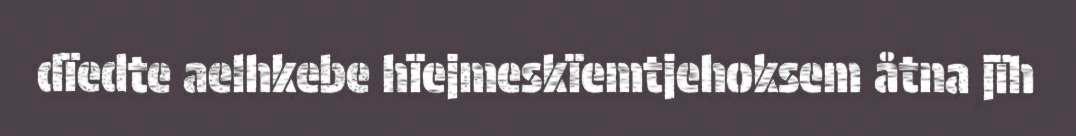
dïedte aelhkebe hïejmeskïemtjehoksem åtna jïh